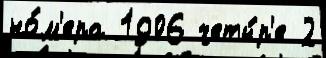
но́м'ера 1906 четы́р'е 2